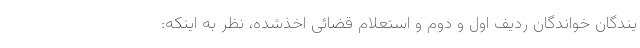
یندگان خواندگان ردیف اول و دوم و استعلام قضائی اخذ‌شده، نظر به اینکه‌: